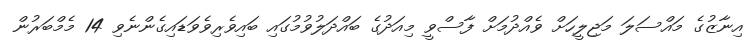
އިނާޒުގެ މައްސަލަ މަޖިލީހަށް ވެއްދުމަށް ފާސްވީ މިއަދުގެ ބައްދަލުވުމުގައި ބައިވެރިވެވަޑައިގެންނެވި 14 މެމްބަރުން